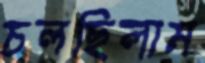
চলছিলাম